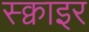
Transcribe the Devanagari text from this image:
स्क्वाइर